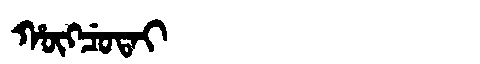
Manchu: ᡥᡡᡴᠴᡠᡨᠠᡳ
Romanization: HŪKCUTAI